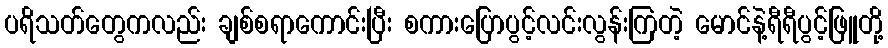
ပရိသတ်တွေကလည်း ချစ်စရာကောင်းပြီး စကားပြောပွင့်လင်းလွန်းကြတဲ့ မောင်နဲ့ရီရီပွင့်ဖြူတို့